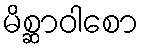
မိစ္ဆာဝါစော